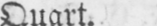
Quart.